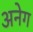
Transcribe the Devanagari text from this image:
अनेग